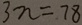
3 n = 7 8